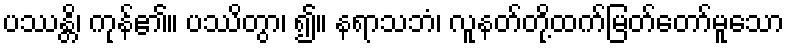
ပဿန္တိ၊ ကုန်၏။ ပဿိတွာ၊ ၍။ နရာသဘံ၊ လူနတ်တို့ထက်မြတ်တော်မူသော